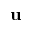
{ \bf u }